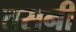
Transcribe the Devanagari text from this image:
तसनी